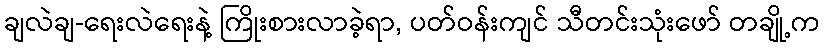
ချလဲချ-ရေးလဲရေးနဲ့ ကြိုးစားလာခဲ့ရာ, ပတ်ဝန်းကျင် သီတင်းသုံးဖော် တချို့က